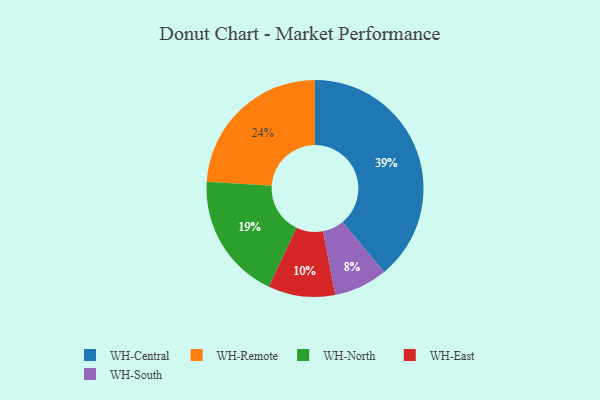
{"axis": {"x": "Category", "y": "Percentage"}, "legend": ["WH-Central", "WH-East", "WH-North", "WH-Remote", "WH-South"], "data": [{"x": "WH-Remote", "y": 24, "type": "WH-Remote"}, {"x": "WH-East", "y": 10, "type": "WH-East"}, {"x": "WH-South", "y": 8, "type": "WH-South"}, {"x": "WH-North", "y": 19, "type": "WH-North"}, {"x": "WH-Central", "y": 39, "type": "WH-Central"}]}